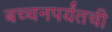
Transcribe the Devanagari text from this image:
बच्चनपर्यंतची